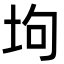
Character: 坸